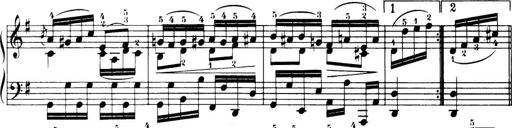
Title: 32 Sonatinas and Rondos for the Piano
Composer: Richard Kleinmichel